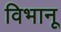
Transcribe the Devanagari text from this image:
विभानू